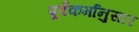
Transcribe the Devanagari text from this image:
पूर्वकर्मानुसार